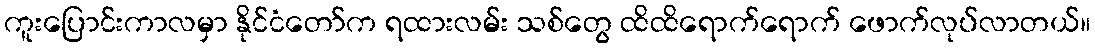
ကူးပြောင်းကာလမှာ နိုင်ငံတော်က ရထားလမ်း သစ်တွေ ထိထိရောက်ရောက် ဖောက်လုပ်လာတယ်။